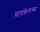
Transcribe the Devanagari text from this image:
मायकेलच्या